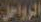
الرواحل